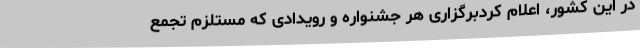
در این کشور، اعلام کردبرگزاری هر جشنواره و رویدادی که مستلزم تجمع